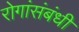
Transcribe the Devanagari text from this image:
रोगांसंबंधी